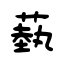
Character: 蓺